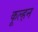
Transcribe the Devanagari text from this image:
कूल्हन